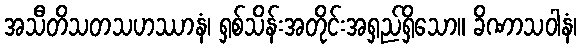
အသီတိသတသဟဿာနံ၊ ရှစ်သိန်းအတိုင်းအရှည်ရှိသော။ ခိဏာသဝါနံ၊